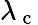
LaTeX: \lambda_{\mathrm{~c~}}